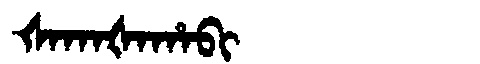
Manchu: ᡧᠠᡴᠠᡧᠠᡥᠠᠪᡳ
Romanization: ŠAKAŠAHABI